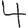
Digit: 4